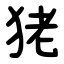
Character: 狫